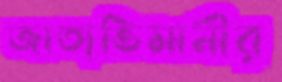
জাত্যভিমানীর